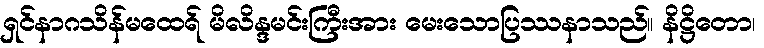
ရှင်နာဂသိန်မထေရ် မိလိန္ဒမင်းကြီးအား မေးသောပြဿနာသည်။ နိဋ္ဌိတော၊